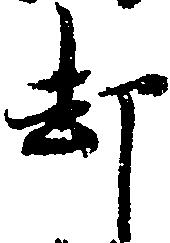
却